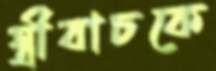
স্ত্রীবাচকে